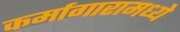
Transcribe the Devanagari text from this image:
कर्मागारामध्ये